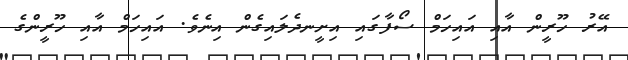
އޭރު ހޫރީން އާއި އައިހަމް ސޯފާގައި އިށީނދެލައިގެން އިނެވެ. އައިހަމް އާއި ހޫރީންގެ